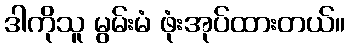
ဒါကိုသူ မွမ်းမံ ဖုံးအုပ်ထားတယ်။